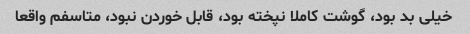
خیلی بد بود، گوشت کاملا نپخته بود، قابل خوردن نبود، متاسفم واقعا